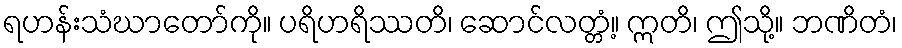
ရဟန်းသံဃာတော်ကို။ ပရိဟရိဿတိ၊ ဆောင်လတ္တံ့။ ဣတိ၊ ဤသို့။ ဘဏိတံ၊